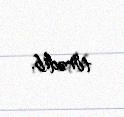
törədib.